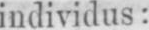
individus: